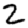
Digit: 2